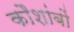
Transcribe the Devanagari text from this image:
कौशांबों